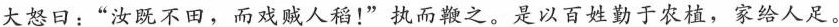
问：”用此何为?”人云：”行道所见，聊取之耳。”侃大怒日：”汝既不田，而戏贼人稻！”执而鞭之。是以百姓勤于农植，家给人足。